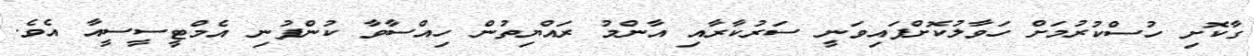
ގާކޮށި ހުސްކުރުމަށް ހަވާލުކޮށްފައިވަނީ ސަރުކާރާއި އާންމު ރައްޔިތުން ހިއްސާވާ ކުންފުނި އެމްޓީސީސީއާ އެވެ.